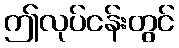
ဤလုပ်ငန်းတွင်